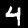
Label: 4